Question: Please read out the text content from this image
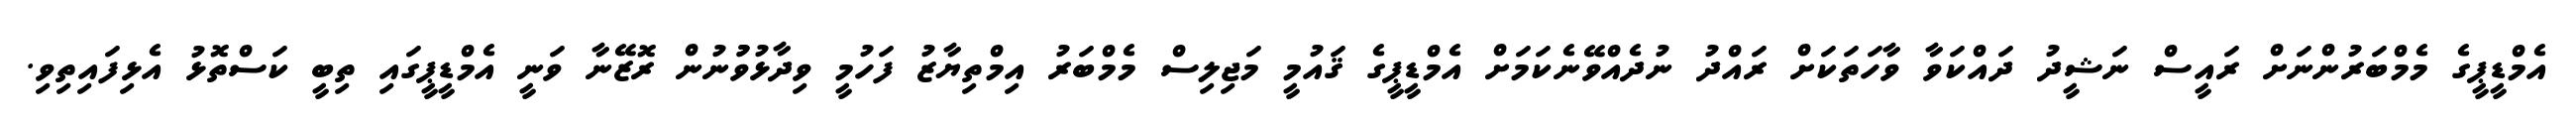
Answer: އެމްޑީޕީގެ މެމްބަރުންނަށް ރައީސް ނަޝީދު ދައްކަވާ ވާހަތަކަށް ރައްދު ނުދެއްވޭނެކަމަށް އެމްޑީޕީގެ ޤައުމީ މަޖިލިސް މެމްބަރު އިމްތިޔާޒު ފަހުމީ ވިދާޅުވުުނުން ރޮޒޭނާ ވަނީ އެމްޑީޕީގައި ތިބީ ކަސްތޮޅު އެޅިފައިތިވި.